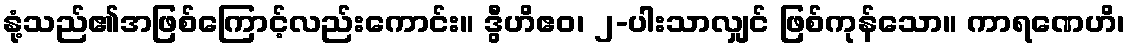
နုံ့သည်၏အဖြစ်ကြောင့်လည်းကောင်း။ ဒွီဟိဧဝ၊ ၂-ပါးသာလျှင် ဖြစ်ကုန်သော။ ကာရဏေဟိ၊